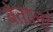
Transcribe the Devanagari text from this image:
बेतालो